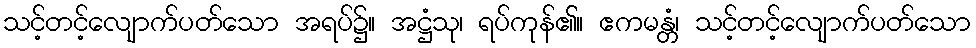
သင့်တင့်လျောက်ပတ်သော အရပ်၌။ အဋ္ဌံသု၊ ရပ်ကုန်၏။ ဧကမန္တံ၊ သင့်တင့်လျောက်ပတ်သော